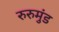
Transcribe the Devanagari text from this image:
रुरुमुंड